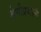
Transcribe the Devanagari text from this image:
श्रेणीप्रणाली